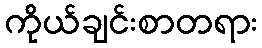
ကိုယ်ချင်းစာတရား